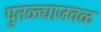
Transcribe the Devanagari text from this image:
पुतळ्याजवळ